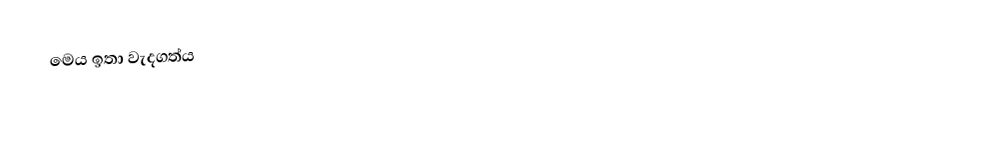
මෙය ඉතා වැදගත්ය